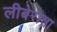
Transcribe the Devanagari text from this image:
लीबेराता